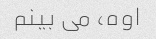
اوه، می بینم